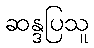
ဆန္ဒပြသူ